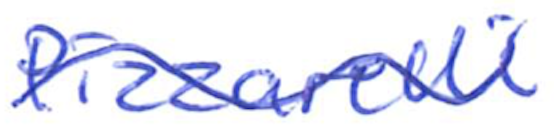
Text: Pizzarelli
Cross-out: mix
Writing tool: ballpoint